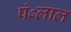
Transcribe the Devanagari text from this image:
पं०लाल